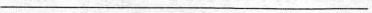
___